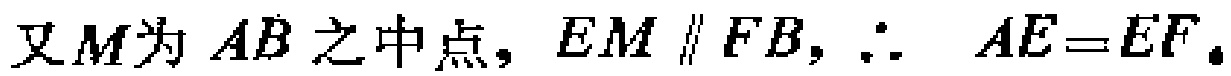
又\(M\)为\(AB\)之中点，\(EM \parallel FB\)，\(\therefore AE = EF\)。